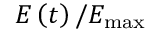
E \left( t \right) / E _ { \operatorname* { m a x } }